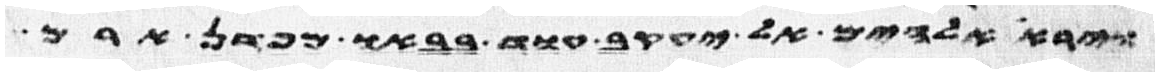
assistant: וירא אלהים אל יעקב עוד בבאו מפדן ארם